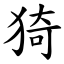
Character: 猗